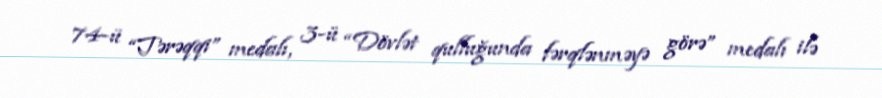
74-ü “Tərəqqi” medalı, 3-ü “Dövlət qulluğunda fərqlənməyə görə” medalı ilə